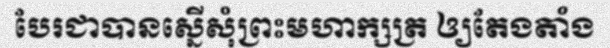
បែរជាបានស្នើសុំព្រះមហាក្សត្រ ឲ្យតែងតាំង